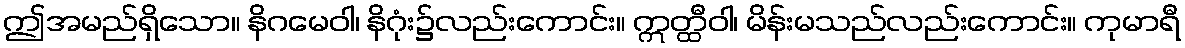
ဤအမည်ရှိသော။ နိဂမေဝါ၊ နိဂုံး၌လည်းကောင်း။ ဣတ္ထီဝါ၊ မိန်းမသည်လည်းကောင်း။ ကုမာရီ